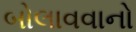
બોલાવવાનો